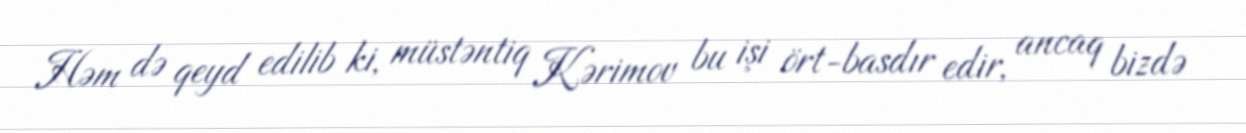
Həm də qeyd edilib ki, müstəntiq Kərimov bu işi ört-basdır edir, ancaq bizdə